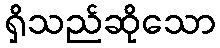
ရှိသည်ဆိုသော